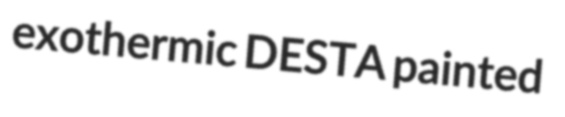
exothermic DESTA painted